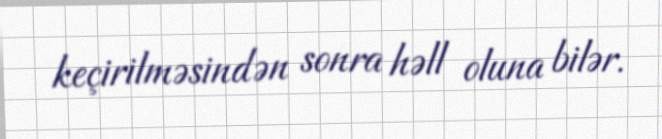
keçirilməsindən sonra həll oluna bilər.